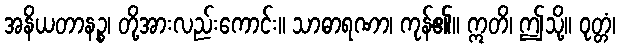
အနိယတာနဉ္စ၊ တို့အားလည်းကောင်း။ သာဓာရဏာ၊ ကုန်၏။ ဣတိ၊ ဤသို့။ ဝုတ္တံ၊